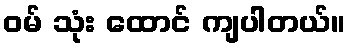
ဝမ် သုံး ထောင် ကျပါတယ်။